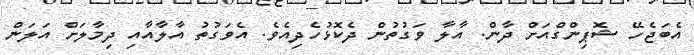
އެބަޖެހޭ ޝޮޕިންގްއަށް ދާން. އާލާ ވަގުތުން ދެކޮޅުހެދިއެވެ. އެވަގުތު އާލާއާއި ދިމާލަށް އަލަން